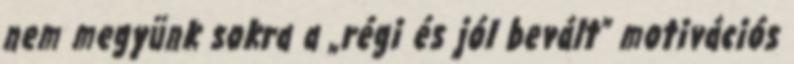
nem megyünk sokra a „régi és jól bevált” motivációs